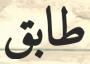
طابق